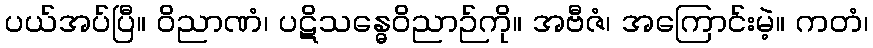
ပယ်အပ်ပြီ။ ဝိညာဏံ၊ ပဋိသန္ဓေဝိညာဉ်ကို။ အဗီဇံ၊ အကြောင်းမဲ့။ ကတံ၊